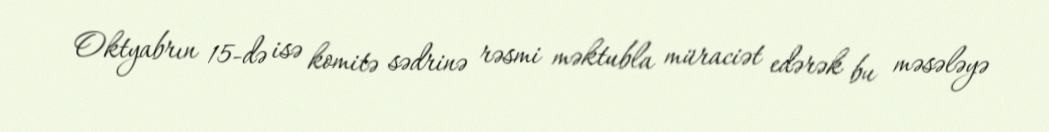
Oktyabrın 15-də isə komitə sədrinə rəsmi məktubla müraciət edərək bu məsələyə